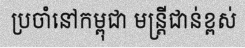
ប្រចាំនៅកម្ពុជា មន្ត្រីជាន់ខ្ពស់